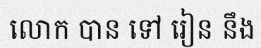
លោក បាន ទៅ រៀន នឹង